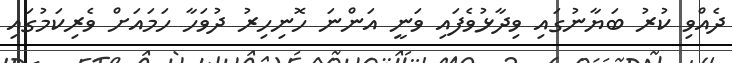
ދެއްވި ކުރު ބަޔާނުގައި ވިދާޅުވެފައި ވަނީ އަންނަ ހޮނިހިރު ދުވަހާ ހަމައަށް ވެރިކަމުގައި